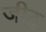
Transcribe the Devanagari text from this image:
जीद